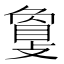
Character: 𢿌